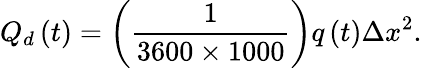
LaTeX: Q_{d}\left(t\right)=\left(\frac{1}{3600\times 1000}\right)q\left(t\right)\Delta x^{2}.